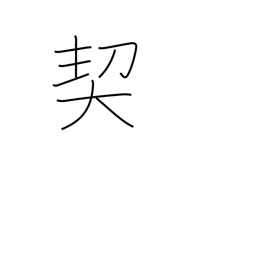
Meaning: pledge